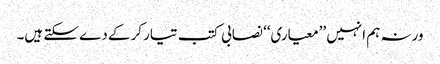
ورنہ ہم انہیں ’’معیاری‘‘ نصابی کتب تیار کرکے دے سکتے ہیں۔